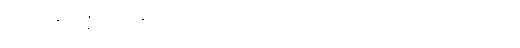
အရဟန္တမဇ္ဈေ၊ ရဟန္တာတို့၏ အလယ်၌။ ပဋိလဗ္ဘဿ၊ ရအပ်သော။ ပုဂ္ဂလဿ၊